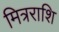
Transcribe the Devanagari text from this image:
मित्रराशि